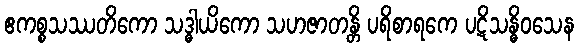
ဧကစ္စသဿတိကော သဒ္ဓါယိကော သဟဇာတန္တိ ပရိစာရကေ ပဋိသန္ဓိဝသေန